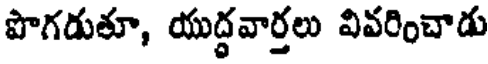
పొగడుతూ, యుద్ధవార్తలు వివరించాడు